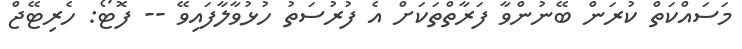
މަސައްކަތް ކުރަން ބޭނުންވާ ފަރާތްތަކަށް އެ ފުރުސަތު ހުޅުވާލާފައިވޭ -- ފޮޓޯ: ހެރިޓޭޖް